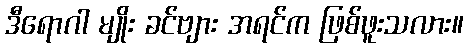
ဒီရောဂါ မျိုး ခင်ဗျား အရင်က ဖြစ်ဖူးသလား။